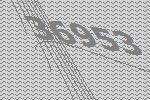
36953